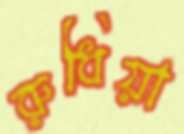
রুধিয়া